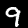
Digit: 9